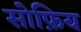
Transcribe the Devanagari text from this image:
सोफ़िय